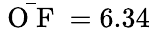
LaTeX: \bar{\mathrm{~O~F~}}=6.34